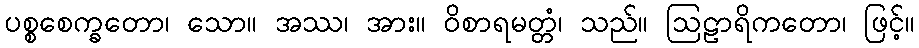
ပစ္စစေက္ခတော၊ သော။ အဿ၊ အား။ ဝိစာရမတ္တံ၊ သည်။ ဩဠာရိကတော၊ ဖြင့်။